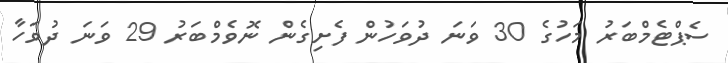
ސެޕްޓެމްބަރު މަހުގެ 30 ވަނަ ދުވަހުން ފެށިގެން ނޮވެމްބަރު 29 ވަނަ ދުވަހާ